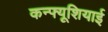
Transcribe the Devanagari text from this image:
कन्फ्यूशियाई